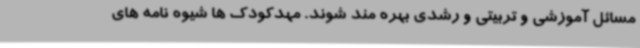
مسائل آموزشی و تربیتی و رشدی بهره مند شوند. مهدکودک ها شیوه نامه های